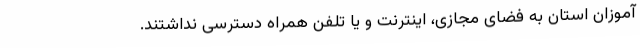
‌آموزان استان به فضای مجازی، اینترنت و یا تلفن همراه دسترسی نداشتند.